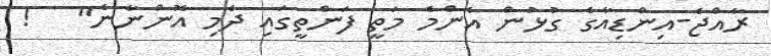
ރާއްޖެ-އިންޑިއާގެ ގުޅުން އެންމެ މަތީ ފަންތީގައި ދެމި އޮންނާނެ"   !